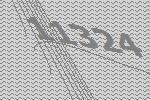
11324